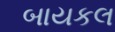
બાયકલ